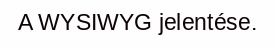
A WYSIWYG jelentése.